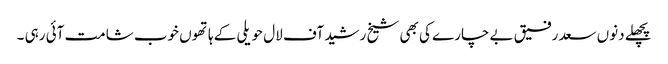
پچھلے دنوں سعد رفیق بے چارے کی بھی شیخ رشید آف لال حویلی کے ہاتھوں خوب شامت آئی رہی ۔